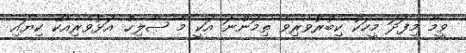
ވީމާ މިފަދަ މީހަކު ކިބުރުވެރިވެ ތިމަންނަ އަކީ މާ ޞާލިޙް އަޅުވެރިއެކޭ ކިޔައި